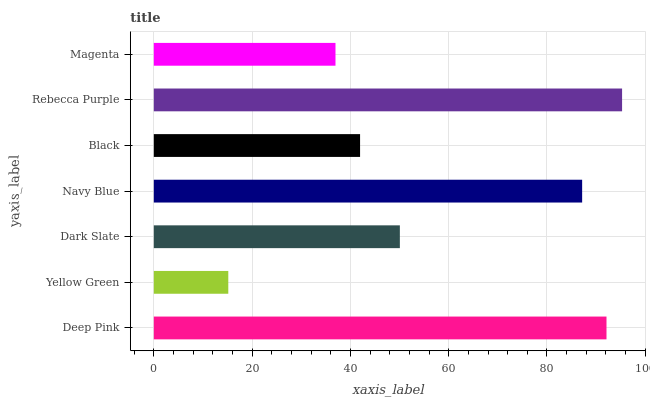
| yaxis_label | bars |
 | --- | --- |
 | Deep Pink | 92.1 |
 | Yellow Green | 15.2 |
 | Dark Slate | 50.1 |
 | Navy Blue | 87.2 |
 | Black | 42 |
 | Rebecca Purple | 95.3 |
 | Magenta | 37 |